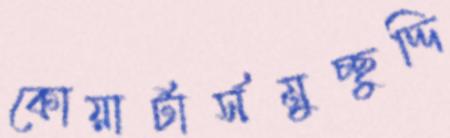
কোয়ার্টার্সমুচ্ছুদ্দি